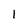
Character: 1